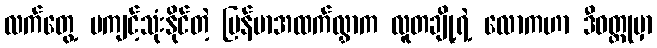
လက်တွေ့ မကျင့်သုံးနိုင်တဲ့ မြန်မာအထက်လွှာက လူတချို့ရဲ့ လောကဟာ ဒီဝတ္ထုမှာ